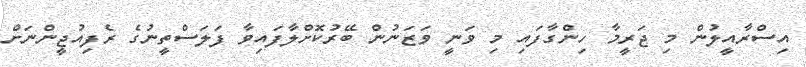
އިސްރާއީލުން މި ޖަރީމާ ހިންގާފައި މި ވަނީ ވަޒަނުން ބޭރުކޮށްލާފައިވާ ފަލަސްތީނުގެ ރެފިއުޖީންނަށް